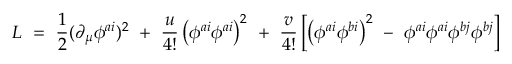
L ~ = ~ \frac { 1 } { 2 } ( \partial _ { \mu } \phi ^ { a i } ) ^ { 2 } ~ + ~ \frac { u } { 4 ! } \left( \phi ^ { a i } \phi ^ { a i } \right) ^ { 2 } ~ + ~ \frac { v } { 4 ! } \left[ \left( \phi ^ { a i } \phi ^ { b i } \right) ^ { 2 } ~ - ~ \phi ^ { a i } \phi ^ { a i } \phi ^ { b j } \phi ^ { b j } \right]